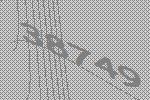
38749